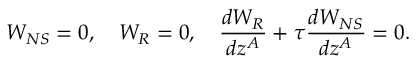
W _ { N S } = 0 , \quad W _ { R } = 0 , \quad { \frac { d W _ { R } } { d z ^ { A } } } + \tau { \frac { d W _ { N S } } { d z ^ { A } } } = 0 .